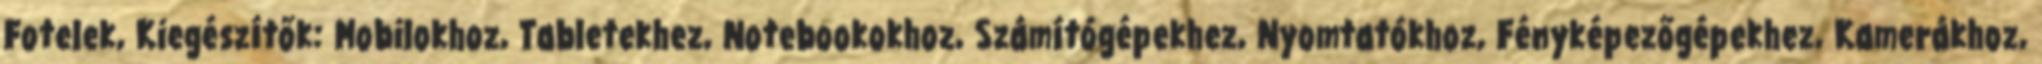
Fotelek, Kiegészítők: Mobilokhoz, Tabletekhez, Notebookokhoz, Számítógépekhez, Nyomtatókhoz, Fényképezőgépekhez, Kamerákhoz,